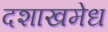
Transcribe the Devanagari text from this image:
दशाखमेध